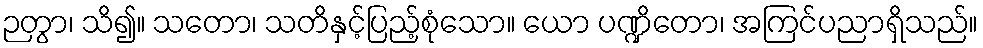
ဉတွာ၊ သိ၍။ သတော၊ သတိနှင့်ပြည့်စုံသော။ ယော ပဏ္ဍိတော၊ အကြင်ပညာရှိသည်။